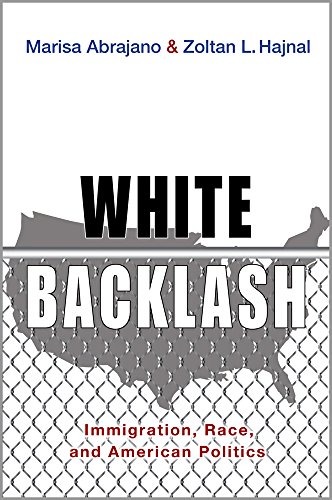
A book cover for White Backlash: Immigration, Race, and American Politics; Marisa Abrajano; Politics & Social Sciences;